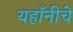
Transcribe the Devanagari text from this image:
यहाँनीचे